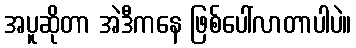
အပူဆိုတာ အဲဒီကနေ ဖြစ်ပေါ်လာတာပါပဲ။